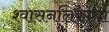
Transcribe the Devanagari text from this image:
श्वासनलिकांचा